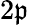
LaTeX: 2\mathfrak{p}